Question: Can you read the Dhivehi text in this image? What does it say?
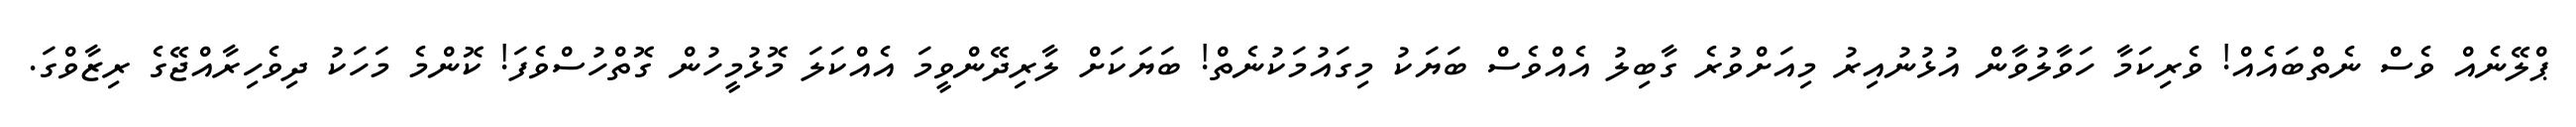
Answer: ޕްލޭނެއް ވެސް ނެތްބައެއް! ވެރިކަމާ ހަވާލުވާން އުޅުނުއިރު މިއަށްވުރެ ގާބިލު އެއްވެސް ބަޔަކު މިގައުމަކުނެތް! ބަޔަކަށް ލާރިދޭންވީމަ އެއްކަލަ މޮޅުމީހުން ގޮތްހުސްވެފަ! ކޮންމެ މަހަކު ދިވެހިރާއްޖޭގެ ރިޒާވްގަ.